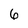
Character: 6